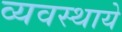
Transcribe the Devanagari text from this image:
व्यवस्थाये